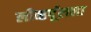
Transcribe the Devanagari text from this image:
लीव्हर्पूलला